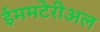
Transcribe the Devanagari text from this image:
ईममटेरीअल